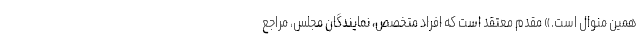
همین منوال است.» مقدم معتقد است که افراد متخصص، نمایندگان مجلس، مراجع